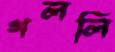
গললি